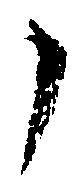
了